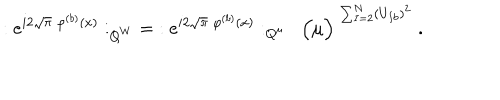
: e ^ { i 2 \sqrt { \pi } \; \varphi ^ { ( b ) } ( x ) } : _ { Q ^ { W } } \; = \; : e ^ { i 2 \sqrt { \pi } \; \varphi ^ { ( b ) } ( x ) } : _ { Q ^ { \mu } } \; \; \Big ( \mu \Big ) ^ { \; \sum _ { I = 2 } ^ { N } ( U _ { I b } ) ^ { 2 } } \; .